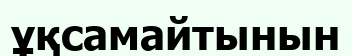
ұқсамайтынын